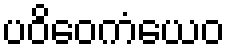
ပဝိဝေကံယေဝ